Lunatic asylums Punjab 1868-1880 - 1868-1880
Year: 1868
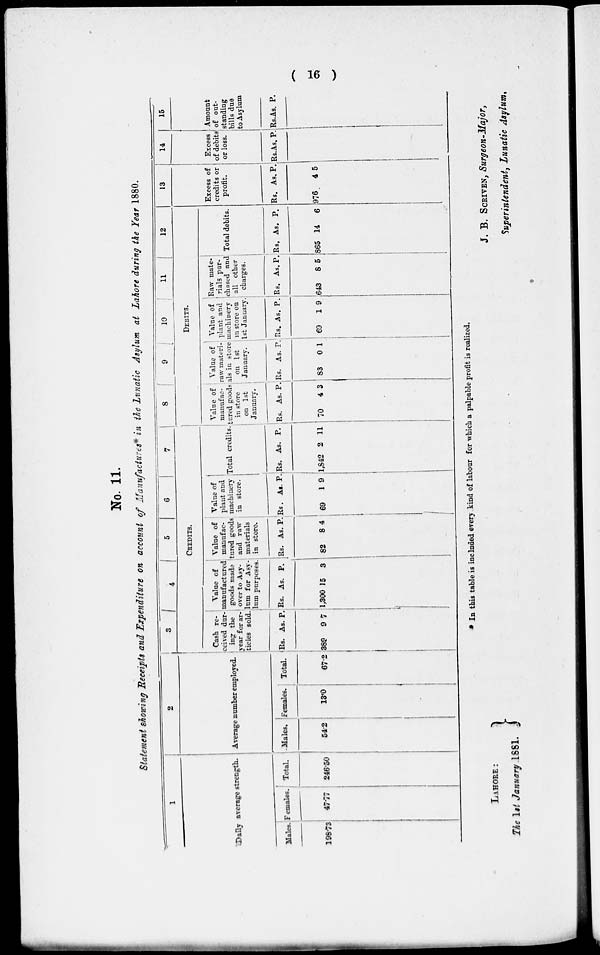
( 16 )
No. 11.
Statement showing Receipts and Expenditure on account of Manufactures* in the Lunatic Asylum at Lahore during the Year 1880.
1
Daily average strength.
Males.
198.73
Females.
47.77
Total.
246.50
2
Average number employed.
Males.
54.2
Females.
13.0
Total.
67.2
3
4
5
6
7
CREDITS.
Cash re-
ceived dur-
ing the
year for ar-
ticles sold.
Rs.
389
As.
9
P.
7
Value of
manufactured
goods made
over to Asy-
lum for Asy-
lum purposes.
Rs.
1,300
As.
15
P.
3
Value of
manufac-
tured goods
and raw
materials
in store.
Rs.
82
As.
8
P.
4
Value of
plant and
machinery
in store.
Rs.
69
As.
1
P.
9
Total credits.
Rs.
1,842
As.
2
P.
11
8
9
10
11
12
DEBITS.
Value of
manufac-
tared goods
in store
on 1st
January.
Rs.
70
As.
4
P.
3
Value of
raw materi-
als in store
on 1st
January.
Rs.
83
As.
0
P.
1
Value of
plant and
machinery
in store on
1st January.
Rs.
69
As.
1
P.
9
Raw mate-
rials par-
chased and
all other
charges.
Rs.
643
As.
8
P.
5
Total debits.
Rs.
865
As.
14
P.
6
13
Excess of
credits or
profit.
Rs.
976
As.
4
P.
5
14
Excess
of debits
or loss.
Rs. As. P.
15
Amount
of out-
standing
bills due
to Asylum
Rs. As. P.
* In this table is included every kind of labour for which a palpable profit is realized.
LAHORE:
The 1st January 1881.
J. B. SCRIVEN, Surgeon-Major,
Superintendent, Lunatic Asylum.